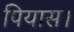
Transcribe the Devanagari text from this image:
पियास।